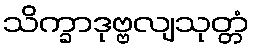
သိက္ခာဒုဗ္ဗလျသုတ္တံ